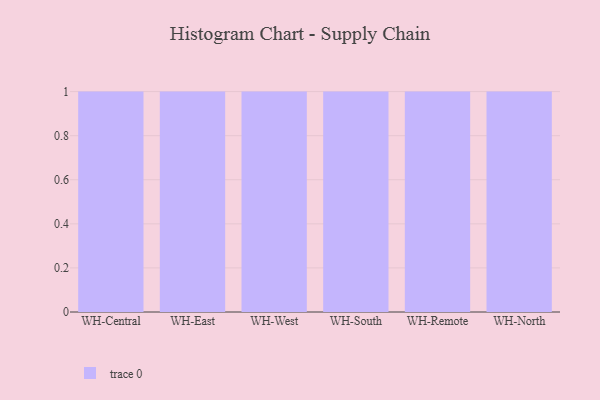
{"axis": {"x": "Warehouse", "y": "LTV (USD)"}, "legend": [""], "data": [{"x": "WH-Central", "y": 24, "type": ""}, {"x": "WH-East", "y": 21, "type": ""}, {"x": "WH-West", "y": 32, "type": ""}, {"x": "WH-South", "y": 60, "type": ""}, {"x": "WH-Remote", "y": 5, "type": ""}, {"x": "WH-North", "y": 7, "type": ""}]}